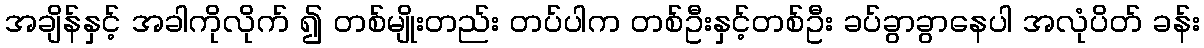
အချိန်နှင့် အခါကိုလိုက် ၍ တစ်မျိုးတည်း တပ်ပါက တစ်ဦးနှင့်တစ်ဦး ခပ်ခွာခွာနေပါ အလုံပိတ် ခန်း